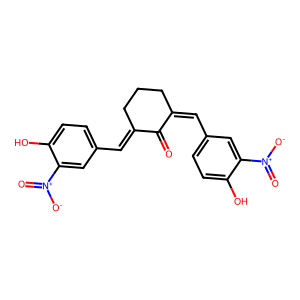
SMILES: O=C1C(=Cc2ccc(O)c([N+](=O)[O-])c2)CCCC1=Cc1ccc(O)c([N+](=O)[O-])c1
Inhibits HIV replication: No